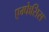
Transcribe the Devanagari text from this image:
एम्फेसिस